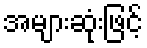
အများဆုံးဖြင့်